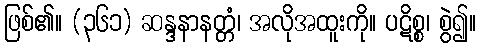
ဖြစ်၏။ (၃၆၁) ဆန္ဒနာနတ္တံ၊ အလိုအထူးကို။ ပဋိစ္စ၊ စွဲ၍။